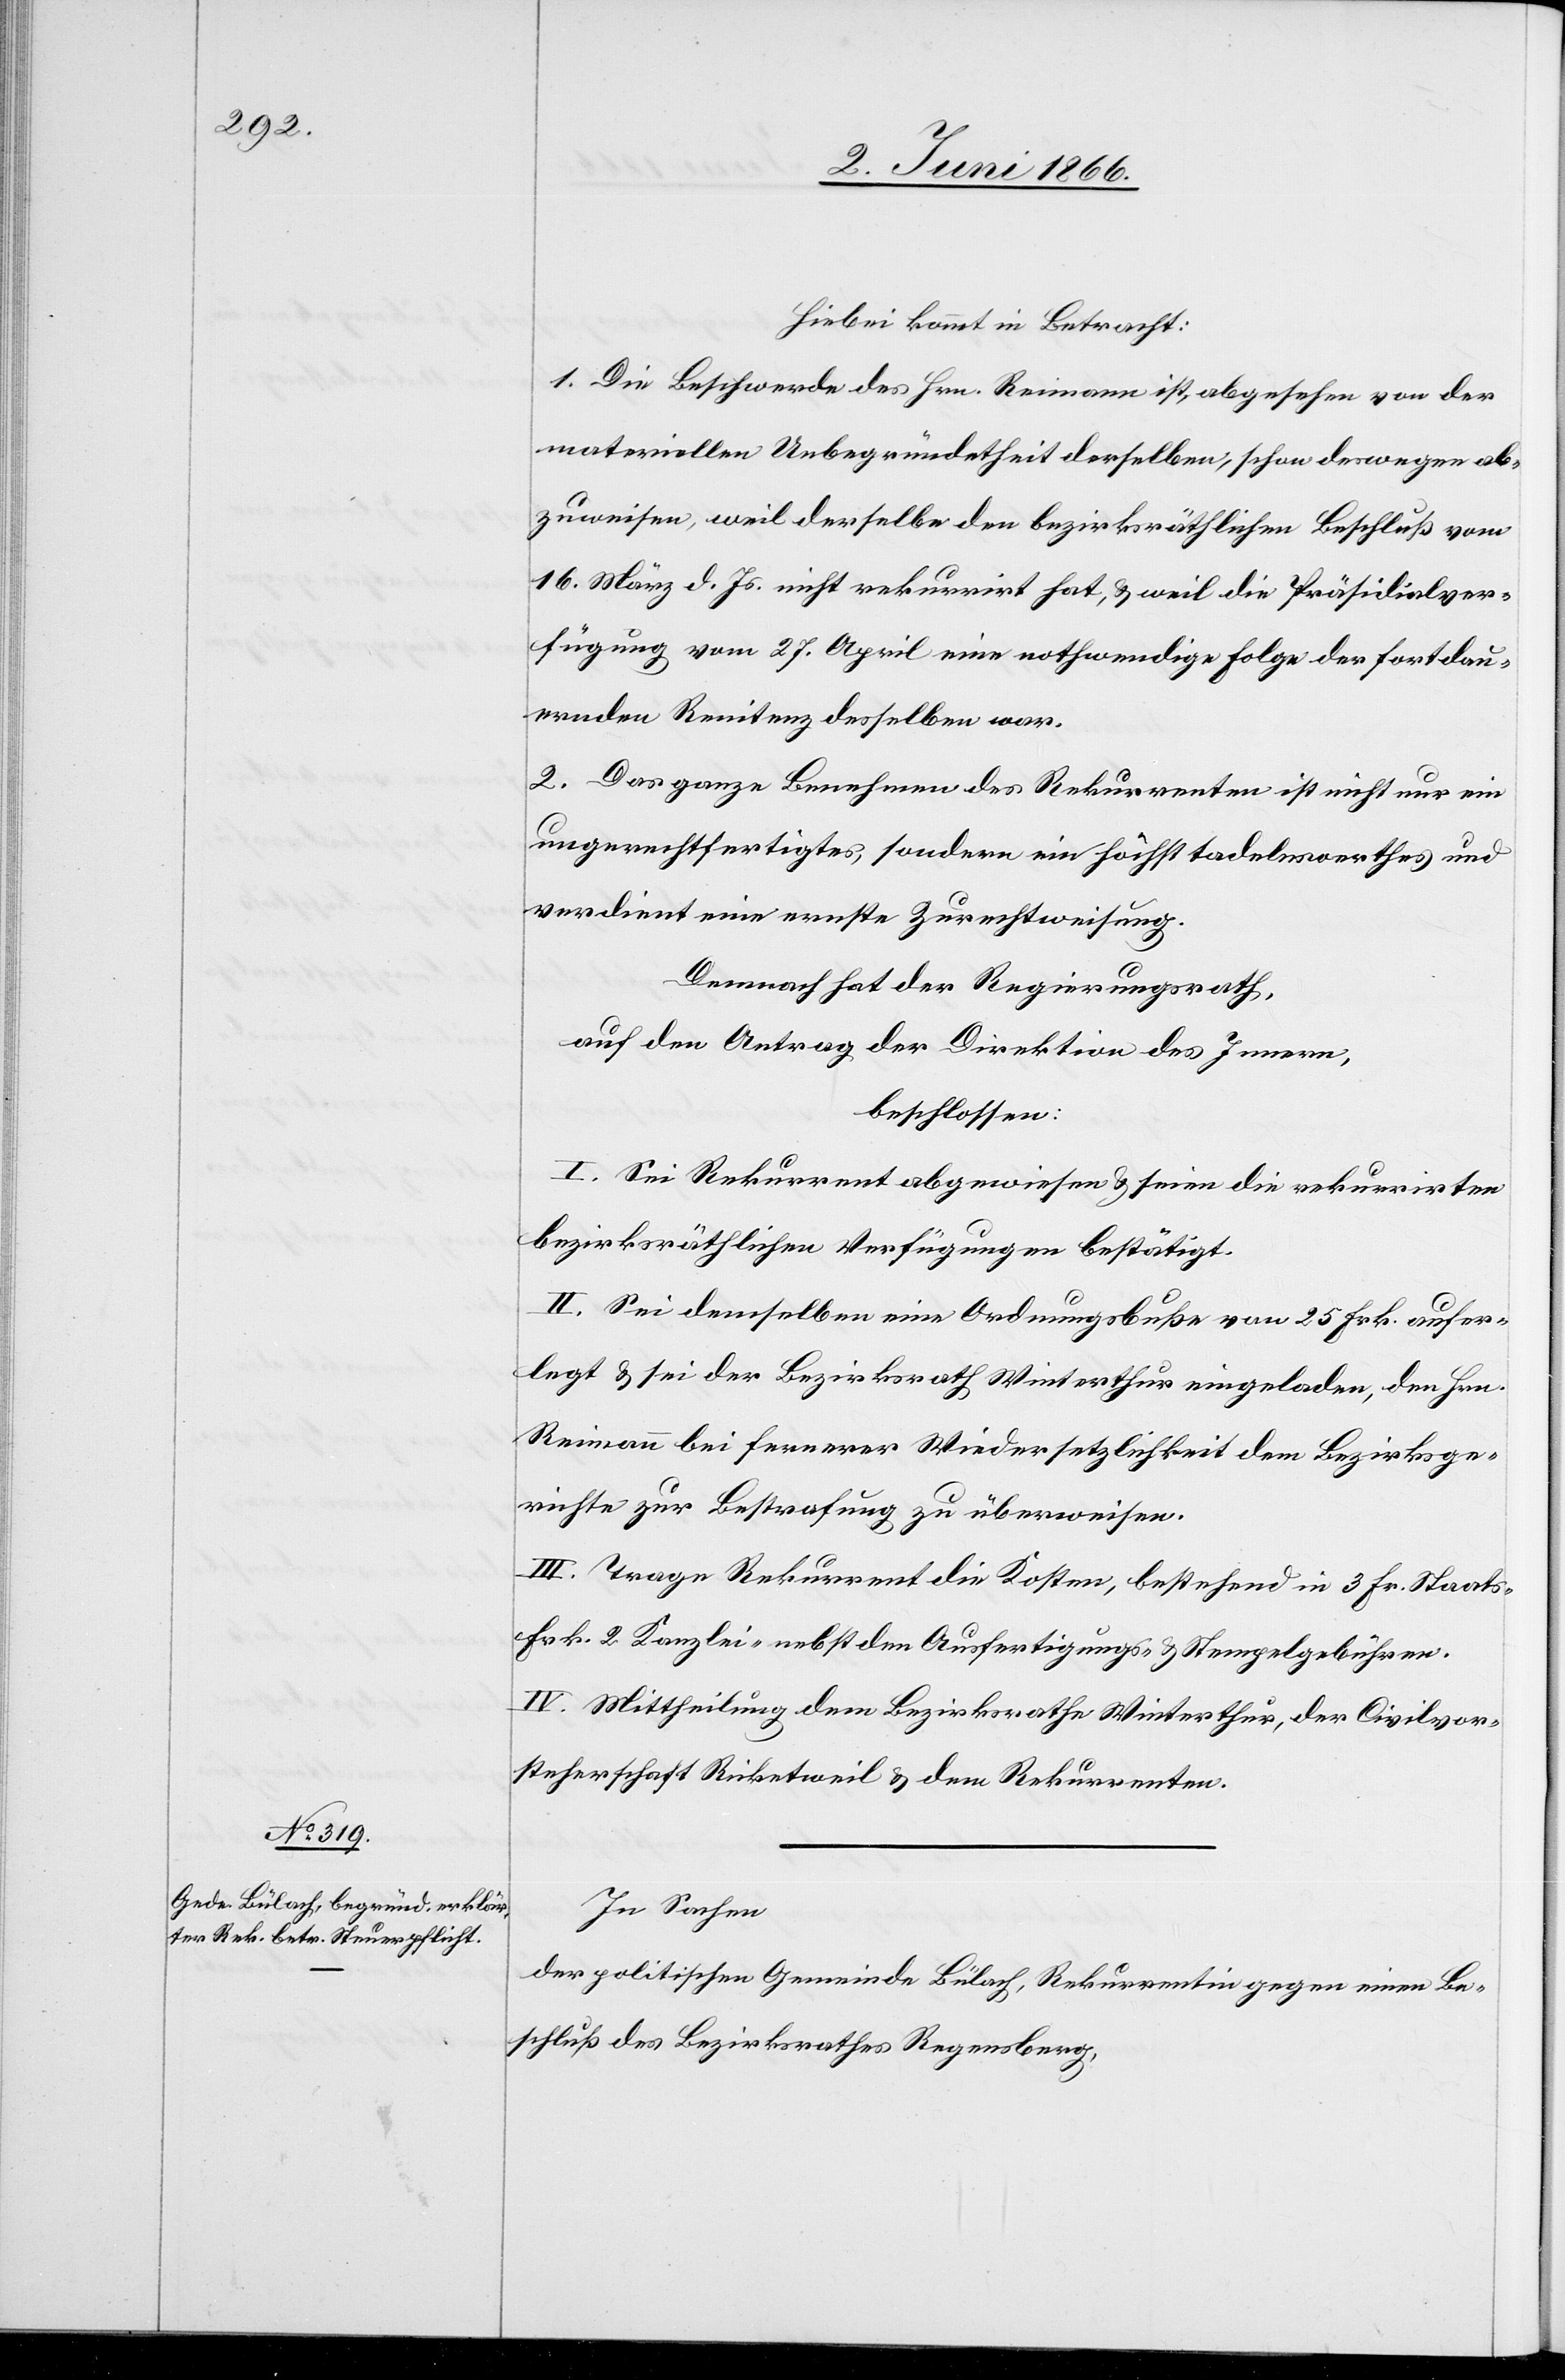
hiebei kommt in Betracht:
1. Die Beschwerde des Hrn. Reimann ist, abgesehen von der
materiellen Unbegründetheit derselben, schon deswegen ab¬
zuweisen, weil derselbe den bezirksräthlichen Beschluß vom
16. März d. Js. nicht rekurrirt hat, u. weil die Präsidialver¬
fügung vom 27. April eine nothwendige Folge der fortdau¬
ernden Renitenz desselben war.
2. Das ganze Benehmen des Rekurrenten ist nicht nur ein
ungerechtfertigtes, sondern ein höchst tadelnswerthes und
verdient eine ernste Zurechtweisung.
Demnach hat der Regierungsrath,
auf den Antrag der Direktion des Innern,
beschlossen:
I. Sei Rekurrent abgewiesen u. seien die rekurrirten
bezirksräthlichen Verfügungen bestätigt.
II. Sei demselben eine Ordnungsbuße von 25. Frk. aufer¬
legt u. sei der Bezirksrath Winterthur eingeladen, den Hrn.
Reimann bei fernerer Wiedersetzlichkeit dem Bezirksge¬
richte zur Bestrafung zu überweisen.
III. Trage Rekurrent die Kosten, bestehend in 3 Fr. Staats-[,]
Frk. 2 Kanzlei- nebst den Ausfertigungs- u. Stempelgebühren.
IV. Mittheilung dem Bezirksrathe Winterthur, der Civilvor¬
steherschaft Ricketweil u. dem Rekurrenten.
In Sachen
der politischen Gemeinde Bülach, Rekurrentin gegen einen Be¬
schluß des Bezirksrathes Regensberg,